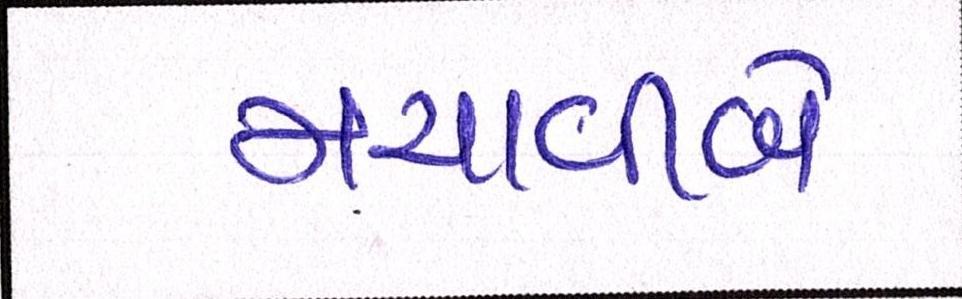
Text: મચાવીબે